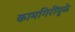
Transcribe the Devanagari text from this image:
कामगिरींमुळे